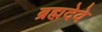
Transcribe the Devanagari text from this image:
ब्रह्मदेवे